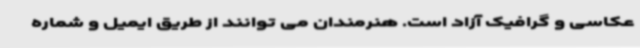
عکاسی و گرافیک آزاد است. هنرمندان می توانند از طریق ایمیل و شماره